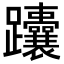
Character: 𬧟